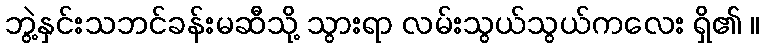
ဘွဲ့နှင်းသဘင်ခန်းမဆီသို့ သွားရာ လမ်းသွယ်သွယ်ကလေး ရှိ၏ ။